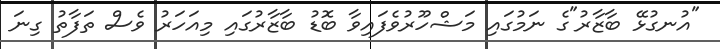
"އުނގުޅޭ ބާޒާރު"ގެ ނަމުގައި މަޝްހޫރުވެފައިވާ ބޮޑު ބާޒާރުގައި މިއަހަރު ވެސް ތަފާތު ގިނަ